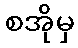
စအိုမှ